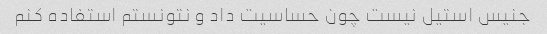
جنیس استیل نیست چون حساسیت داد و نتونستم استفاده کنم